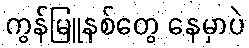
ကွန်မြူနစ်တွေ နေမှာပဲ